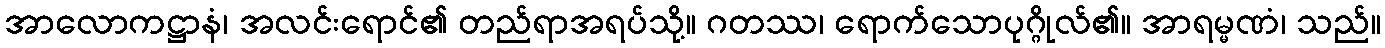
အာလောကဋ္ဌာနံ၊ အလင်းရောင်၏ တည်ရာအရပ်သို့။ ဂတဿ၊ ရောက်သောပုဂ္ဂိုလ်၏။ အာရမ္မဏံ၊ သည်။